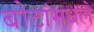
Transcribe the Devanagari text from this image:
बोटांमधले